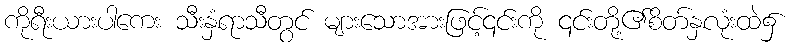
ကိုရီးယားပါကေး သီးနှံရာသီတွင် များသောအားဖြင့်၎င်းကို ၎င်းတို့၏စိတ်နှလုံးထဲ၌